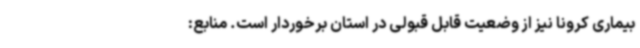
بیماری کرونا نیز از وضعیت قابل قبولی در استان برخوردار است. منابع: